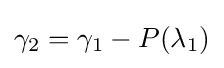
\gamma _{2}=\gamma _{1}-P(\lambda _{1})